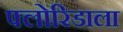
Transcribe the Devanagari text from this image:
फ्लोरिडाला